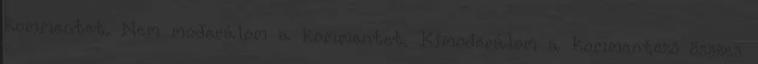
kommentet. Nem moderálom a kommentet. Kimoderálom a kommentező összes